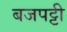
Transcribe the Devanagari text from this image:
बजपट्टी